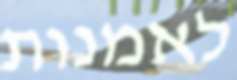
לאמנות